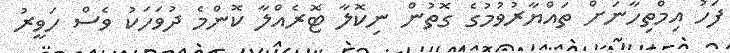
ފަހު އިމްތިހާނަށް ތައްޔާރުވުމުގެ ގޮތުން ނިކޮލާ ޓޮރެއްލާ ކޮންމެ ދުވަަހަކު ވެސް ހަވީރު